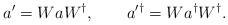
LaTeX: \begin{align*}a' = W a W^{\dagger}, \qquad a^{\prime\dagger} = W a^{\dagger} W^{\dagger}.\end{align*}